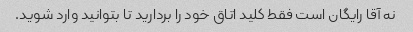
نه آقا رایگان است فقط کلید اتاق خود را بردارید تا بتوانید وارد شوید.